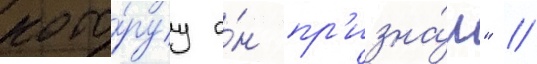
кото́руу о́н пр'изна́л" //